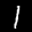
Label: 1